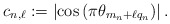
\begin{align*} c_{n, \ell}:=\left|\cos \left(\pi \theta_{m_{n}+\ell q_{n}}\right)\right|.\end{align*}